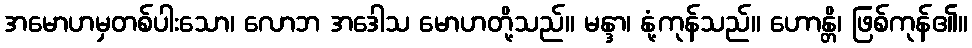
အမောဟမှတစ်ပါးသော၊ လောဘ အဒေါသ မောဟတို့သည်။ မန္ဒာ၊ နုံ့ကုန်သည်။ ဟောန္တိ၊ ဖြစ်ကုန်၏။